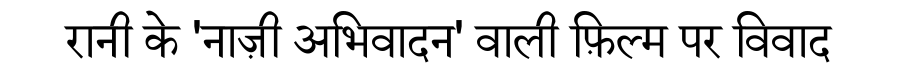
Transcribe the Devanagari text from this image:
रानी के 'नाज़ी अभिवादन' वाली फ़िल्म पर विवाद